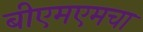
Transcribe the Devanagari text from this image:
बीएमएमचा